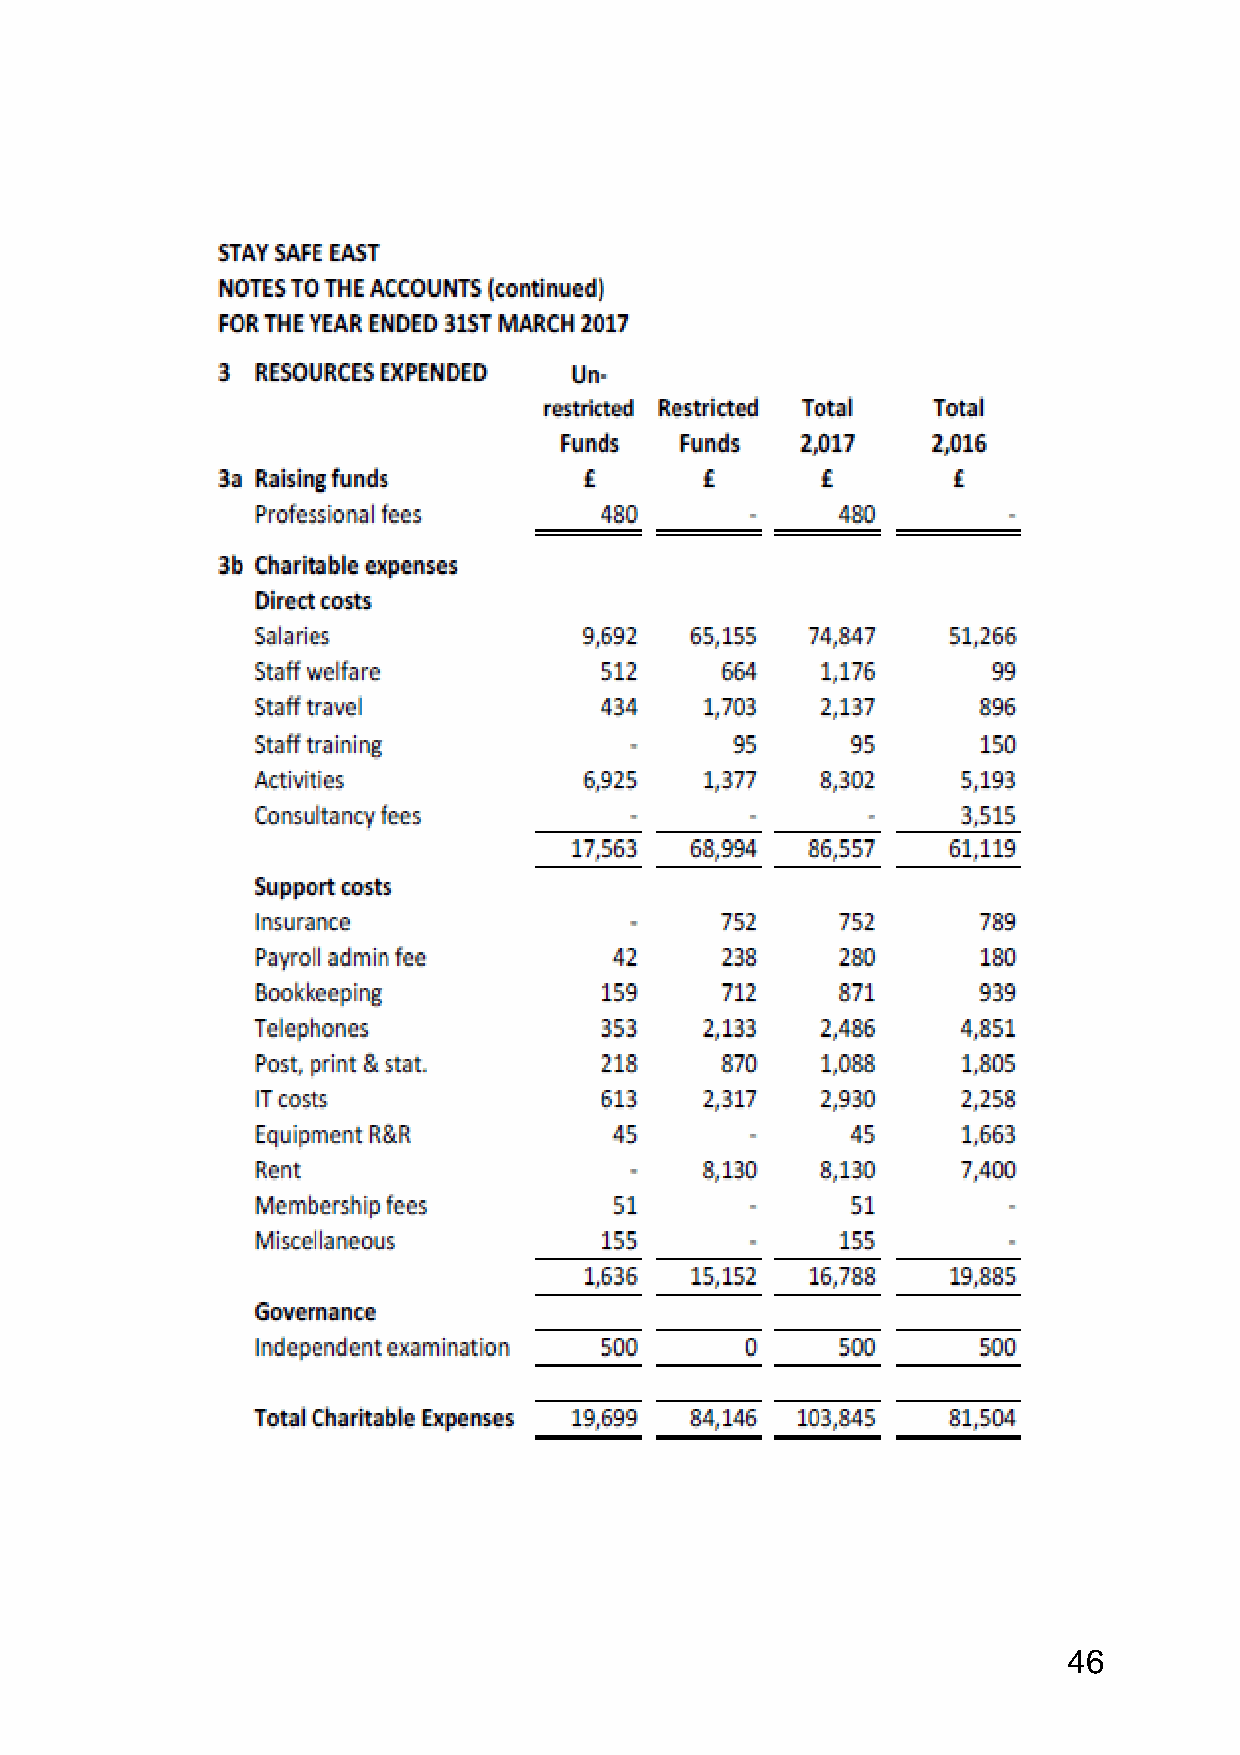
46